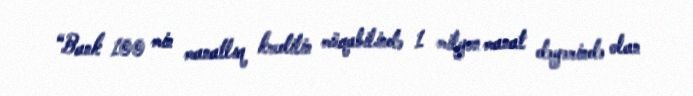
“Bank 100 min manatlıq kreditin müqabilində 1 milyon manat dəyərində olan